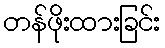
တန်ဖိုးထားခြင်း